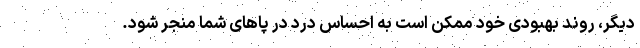
دیگر، روند بهبودی خود ممکن است به احساس درد در پاهای شما منجر شود.